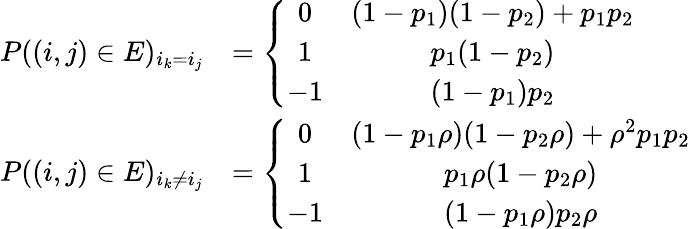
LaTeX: \begin{array}{rl}{P((i,j)\in E)_{i_{k}=i_{j}}}&{=\left\{ \begin{array}{cc}{0}&{(1-p_{1})(1-p_{2})+p_{1}p_{2}}\\ {1}&{p_{1}(1-p_{2})}\\ {-1}&{(1-p_{1})p_{2}}\end{array}\right.}\\ {P((i,j)\in E)_{i_{k}\not=i_{j}}}&{=\left\{ \begin{array}{cc}{0}&{(1-p_{1}\rho)(1-p_{2}\rho)+\rho^{2}p_{1}p_{2}}\\ {1}&{p_{1}\rho(1-p_{2}\rho)}\\ {-1}&{(1-p_{1}\rho)p_{2}\rho}\end{array}\right.}\end{array}